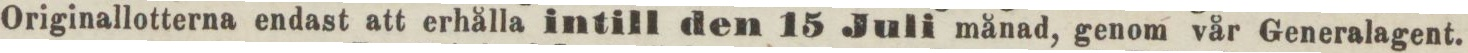
Originallotterna endast att erhålla intill den 15 Juli månad, genom vår Generalagent.